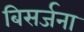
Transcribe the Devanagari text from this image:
बिसर्जना